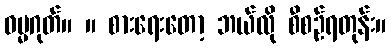
ဓမ္မဂုတ်။ ။ စားရေးတော့ ဘယ်လို စီစဉ်ရတုန်း။